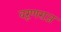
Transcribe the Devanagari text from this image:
वरूणराज